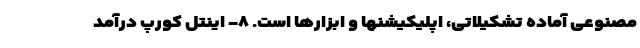
مصنوعی آماده تشکیلاتی، اپلیکیشنها و ابزارها است. ۸- اینتل کورپ درآمد